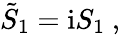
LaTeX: \tilde{S}_{1}=\mathrm{i}S_{1}\ ,